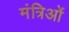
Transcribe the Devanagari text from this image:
मंत्रिओं